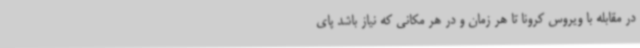
در مقابله با ویروس کرونا تا هر زمان و در هر مکانی که نیاز باشد پای